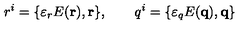
r ^ { i } = \{ \varepsilon _ { r } E ( { \bf r } ) , { \bf r \} } , \qquad q ^ { i } = \{ \varepsilon _ { q } E ( { \bf q } ) , { \bf q \} }